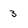
Character: 3